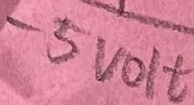
Text: -5VOLT